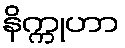
နိက္ကုဟာ